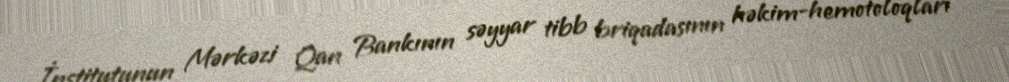
İnstitutunun Mərkəzi Qan Bankının səyyar tibb briqadasının həkim-hemotoloqları